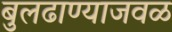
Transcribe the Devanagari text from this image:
बुलढाण्याजवळ